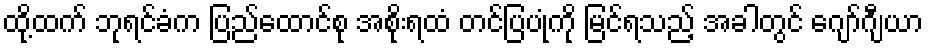
ထို့ထက် ဘုရင်ခံက ပြည်ထောင်စု အစိုးရထံ တင်ပြပုံကို မြင်ရသည့် အခါတွင် ဂျော်ဂျီယာ